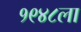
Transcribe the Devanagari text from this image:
१९४८ला